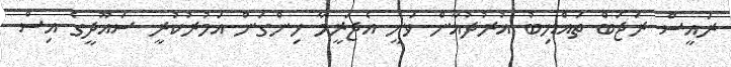
ރައީސް ރަޖަބް ތައްޔިބު އުރުދުޣާން ވަނީ އެޖަރީމާ ހިންގަން އަމުރުކުރީ ސައޫދީގެ އިސް